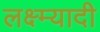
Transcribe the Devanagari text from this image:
लक्ष्म्यादी